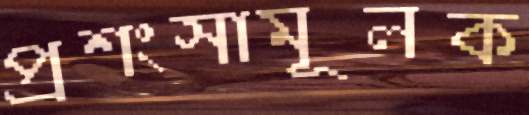
প্রশংসামূলক